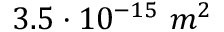
3 . 5 \cdot 1 0 ^ { - 1 5 } \ m ^ { 2 }